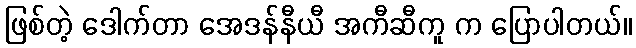
ဖြစ်တဲ့ ဒေါက်တာ အေဒန်နီယီ အကီဆီကူ က ပြောပါတယ်။